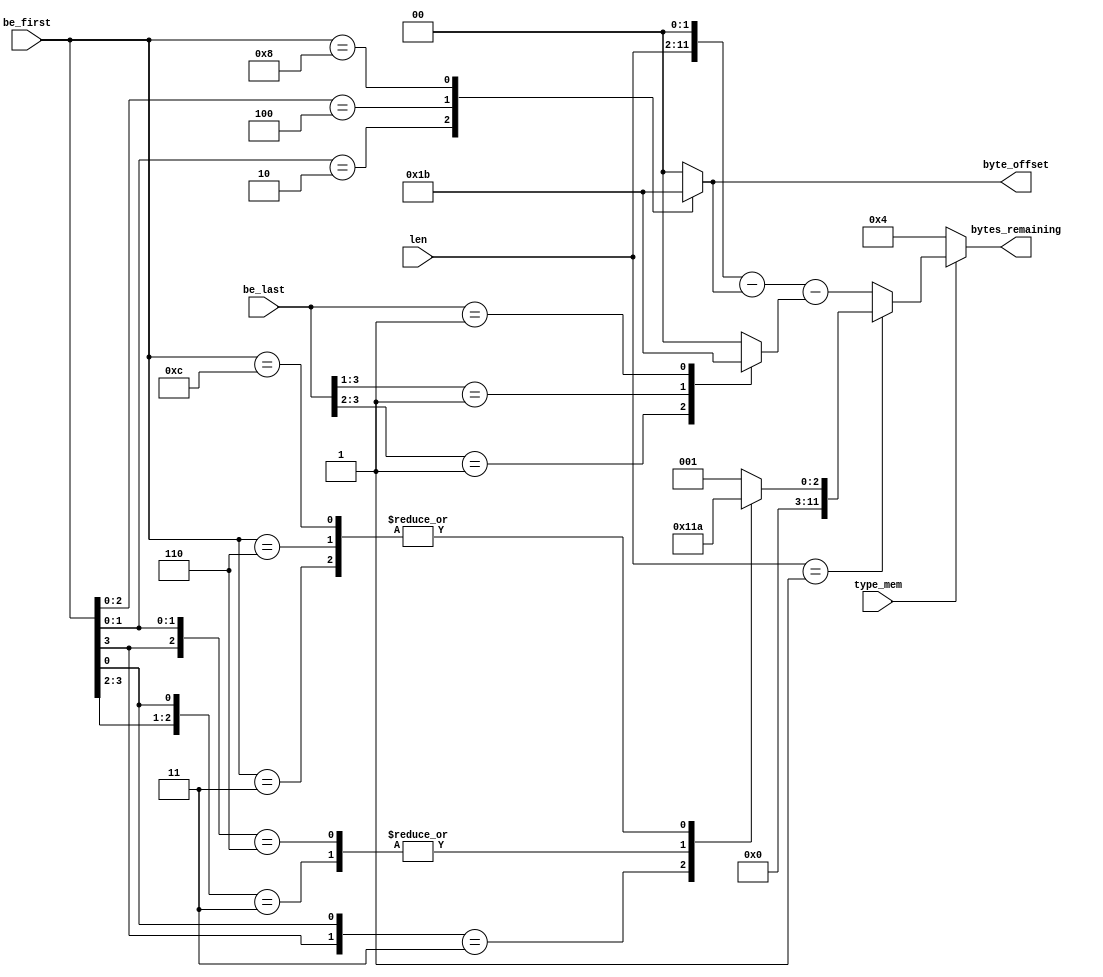

module dlsc_pcie_cplbytes (
    input   wire    [9:0]   len,
    input   wire    [3:0]   be_first,
    input   wire    [3:0]   be_last,
    input   wire            type_mem,
    output  reg     [11:0]  bytes_remaining,
    output  reg     [1:0]   byte_offset
);

// calculate bytes remaining
// (why does PCIe make this so complicated??)

reg  [1:0]      bef_sub;
reg  [1:0]      bel_sub;

always @* begin
    // first
    casez(be_first)
        4'b???1: bef_sub = 2'd0;
        4'b??10: bef_sub = 2'd1;
        4'b?100: bef_sub = 2'd2;
        4'b1000: bef_sub = 2'd3;
        default: bef_sub = 2'd0;
    endcase
    // last
    casez(be_last)
        4'b1???: bel_sub = 2'd0;
        4'b01??: bel_sub = 2'd1;
        4'b001?: bel_sub = 2'd2;
        4'b0001: bel_sub = 2'd3;
        default: bel_sub = 2'd0;
    endcase
end

always @* begin
    if(type_mem) begin
        if(len == 10'd1) begin
            // consider only 1st BE
            casez(be_first)
                4'b1??1: bytes_remaining = 12'd4;
                4'b01?1: bytes_remaining = 12'd3;
                4'b1?10: bytes_remaining = 12'd3;
                4'b0011: bytes_remaining = 12'd2;
                4'b0110: bytes_remaining = 12'd2;
                4'b1100: bytes_remaining = 12'd2;
                default: bytes_remaining = 12'd1;
            endcase
        end else begin
            // consider both BEs
            bytes_remaining = {len,2'd0} - {10'd0,bef_sub} - {10'd0,bel_sub};
        end
    end else begin
        bytes_remaining = 12'd4;
    end
end

always @* begin
    casez(be_first)
        4'b???1: byte_offset = 2'd0;
        4'b??10: byte_offset = 2'd1;
        4'b?100: byte_offset = 2'd2;
        4'b1000: byte_offset = 2'd3;
        default: byte_offset = 2'd0;
    endcase
end

endmodule